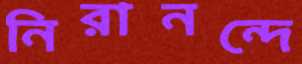
নিরানন্দে